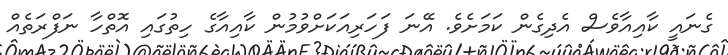
ގެނައީ ކާއިއާވެސް އެދިގެން ކަމަށެވެ. އޭނަ ފަހަރިއަކަށްވުމުން ކާއިއާގެ ހިތުގައި އޮތްހާ ނަފްރަތެއް